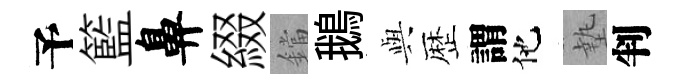
予籃鼻綴鐺鵝𫤰歴謂他墊判